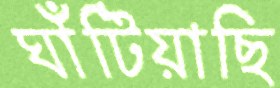
ঘাঁটিয়াছি